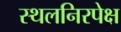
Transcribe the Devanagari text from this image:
स्थलनिरपेक्ष